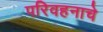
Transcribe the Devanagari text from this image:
परिवहनाचे